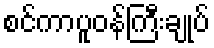
စင်ကာပူဝန်ကြီးချုပ်